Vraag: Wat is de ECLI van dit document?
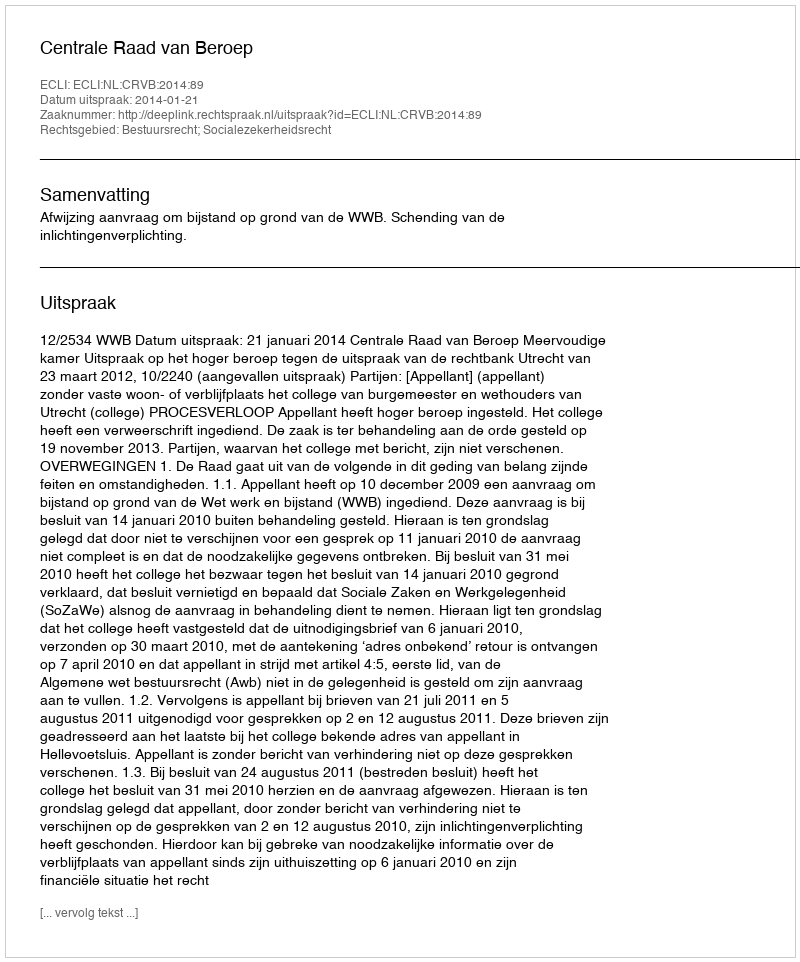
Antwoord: ECLI:NL:CRVB:2014:89